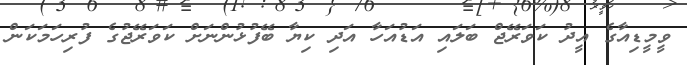
ވީމީޑިއާގެ އީދު ކަވަރޭޖް ބަލައި އަޑުއަހާ އަދި ކިޔާ ބޭފުޅުންނަށް ކަވަރޭޖުގެ ފުރިހަމަކަން